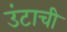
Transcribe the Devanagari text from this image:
उंटाची